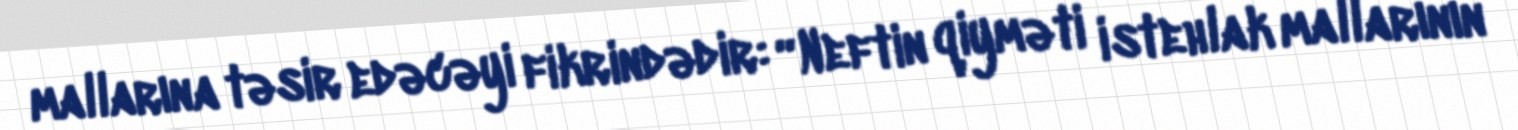
mallarına təsir edəcəyi fikrindədir: “Neftin qiyməti istehlak mallarının